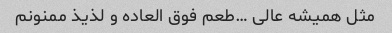
مثل همیشه عالی …طعم فوق العاده و لذیذ ممنونم